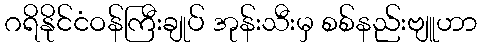
ဂရိနိုင်ငံဝန်ကြီးချုပ် အုန်းသီးမှ စစ်နည်းဗျူဟာ